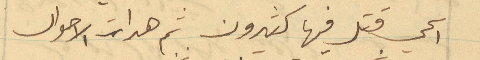
الحي قتل فيها كثيرون ثم هدات الاحوال